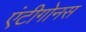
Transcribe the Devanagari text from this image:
एंटीगोनस